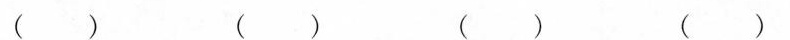
( ) ( ) ( ) ( )